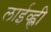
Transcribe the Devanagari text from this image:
लाईव्ह्ली